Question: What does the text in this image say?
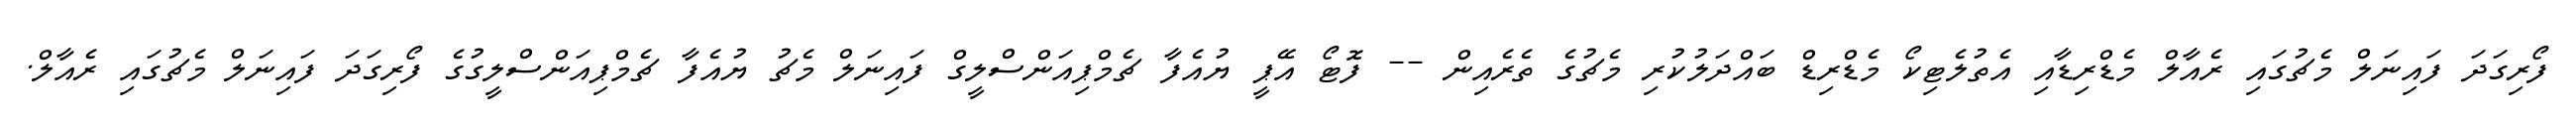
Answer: ފޯރިގަދަ ފައިނަލް މެޗުގައި ރެއާލް މެޑްރިޑާއި އެތުލެޓިކޯ މެޑްރިޑް ބައްދަލުކުރި މެޗުގެ ތެރެއިން -- ފޮޓޯ އޭޕީ ޔުއެފާ ޗެމްޕިއަންސްލީގް ފައިނަލް މެޗު ޔުއެފާ ޗެމްޕިއަންސްލީގުގެ ފޯރިގަދަ ފައިނަލް މެޗުގައި ރެއާލް.